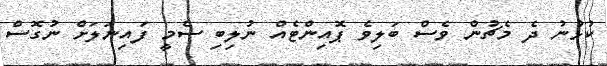
ކުޅުނު ދެ މެޗުން ވެސް ބަލިވެ ޕޮއިންޓެއް ނުލިބި ސެމީ ފައިނަލަށް ނުގޮސް